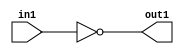
`timescale 1ps / 1ps
/*****************************************************************************
    Verilog RTL Description
    
    
    Created by: Stratus DpOpt 21.05.01 
*******************************************************************************/

module dut_entirecomputation_alt0_4 (
	in1,
	out1
	); /* architecture "behavioural" */ 
input  in1;
output  out1;
wire  asc001;

assign asc001 = 
	((~in1));

assign out1 = asc001;
endmodule

/* CADENCE  urX3SQ0= : u9/ySxbfrwZIxEzHVQQV8Q== ** DO NOT EDIT THIS LINE ******/